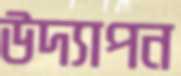
উদ্যাপন